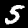
Digit: 5